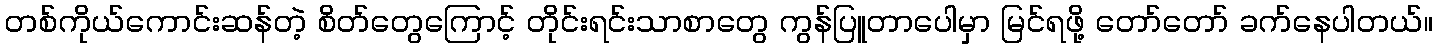
တစ်ကိုယ်ကောင်းဆန်တဲ့ စိတ်တွေကြောင့် တိုင်းရင်းသာစာတွေ ကွန်ပြူတာပေါမှာ မြင်ရဖို့ တော်တော် ခက်နေပါတယ်။